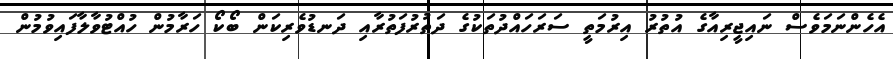
އެހެންނަމަވެސް ނައިޖީރިއާގެ އުތުރު އިރުމަތީ ސަރަހައްދުތަކުގެ ދަތުރުފަތުރާއި ދަނޑުވެރިކަން ބޯކޯ ހަރާމުން ހުއްޓުވާލާފައިވުމުން